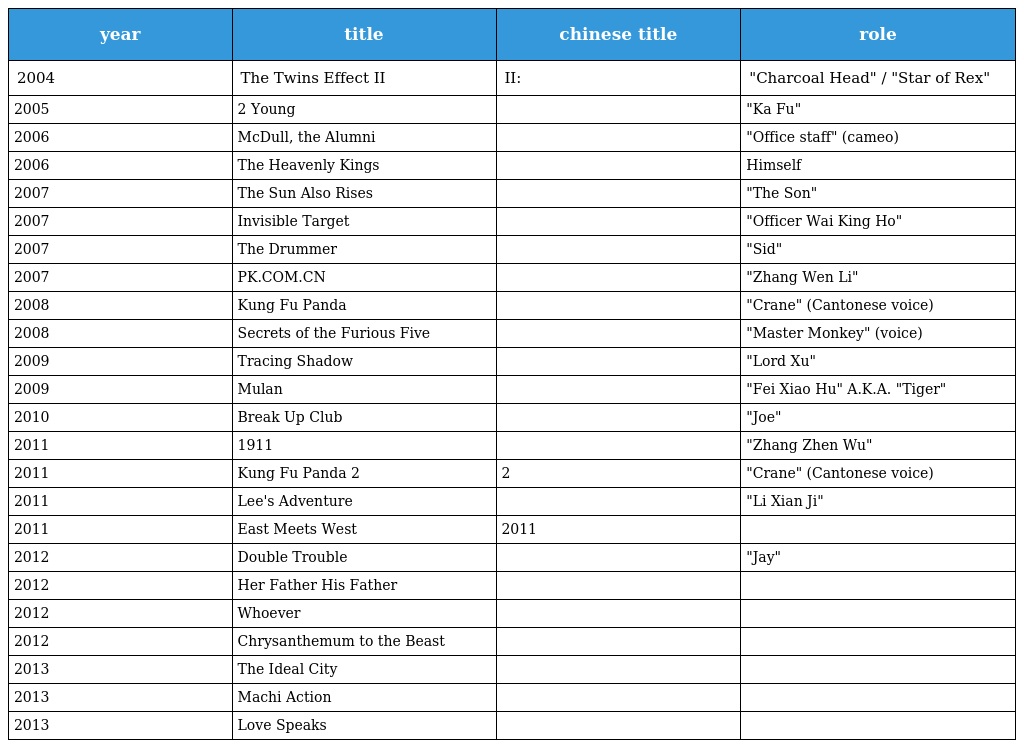
| year | title | chinese title | role |
 | --- | --- | --- | --- |
 | 2004 | The Twins Effect II | 千機變II: 花都大戰 | "Charcoal Head" / "Star of Rex" |
 | 2005 | 2 Young | 早熟 | "Ka Fu" |
 | 2006 | McDull, the Alumni | 春田花花同學會 | "Office staff" (cameo) |
 | 2006 | The Heavenly Kings | 四大天王 | Himself |
 | 2007 | The Sun Also Rises | 太陽照常升起 | "The Son" |
 | 2007 | Invisible Target | 男兒本色 | "Officer Wai King Ho" |
 | 2007 | The Drummer | 戰鼓 | "Sid" |
 | 2007 | PK.COM.CN | 誰說青春不能錯 | "Zhang Wen Li" |
 | 2008 | Kung Fu Panda | 功夫熊猫 | "Crane" (Cantonese voice) |
 | 2008 | Secrets of the Furious Five | 虎胆五俠 | "Master Monkey" (voice) |
 | 2009 | Tracing Shadow | 追影 | "Lord Xu" |
 | 2009 | Mulan | 花木蘭 | "Fei Xiao Hu" A.K.A. "Tiger" |
 | 2010 | Break Up Club | 分手說愛你 | "Joe" |
 | 2011 | 1911 | 辛亥革命 | "Zhang Zhen Wu" |
 | 2011 | Kung Fu Panda 2 | 功夫熊猫2 | "Crane" (Cantonese voice) |
 | 2011 | Lee's Adventure | 李獻計歷險記 | "Li Xian Ji" |
 | 2011 | East Meets West | 東成西就2011 |  |
 | 2012 | Double Trouble | 寶島雙雄 | "Jay" |
 | 2012 | Her Father His Father |  |  |
 | 2012 | Whoever |  |  |
 | 2012 | Chrysanthemum to the Beast | 給野獸獻花 |  |
 | 2013 | The Ideal City |  |  |
 | 2013 | Machi Action |  |  |
 | 2013 | Love Speaks |  |  |